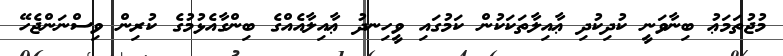
މުޖުތަމަޢު ބިނާވަނީ ކުދިކުދި ޢާއިލާތަކަކުން ކަމުގައި ވީހިނދު ޢާއިލާއެއްގެ ބިންގާއެޅުމުގެ ކުރިން ވިސްނަންޖެހޭ